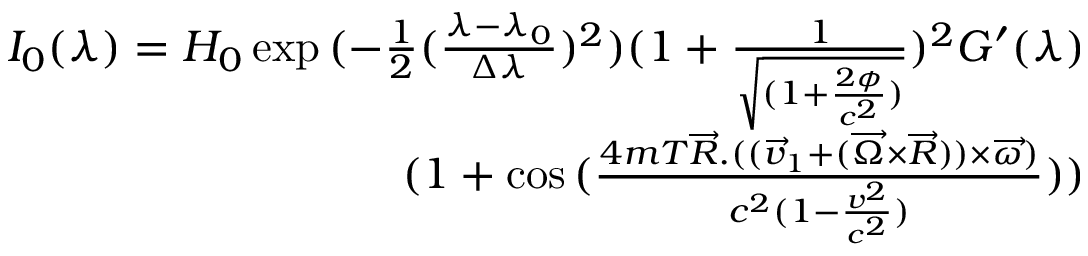
\begin{array} { r } { I _ { 0 } ( \lambda ) = H _ { 0 } \exp { ( - \frac { 1 } { 2 } ( \frac { \lambda - \lambda _ { 0 } } { \Delta \lambda } ) ^ { 2 } ) ( 1 + \frac { 1 } { \sqrt { ( 1 + \frac { 2 \phi } { c ^ { 2 } } ) } } ) ^ { 2 } } G ^ { \prime } ( \lambda ) } \\ { ( 1 + \cos { ( \frac { 4 m T \overrightarrow { R } . ( ( \overrightarrow { v } _ { 1 } + ( \overrightarrow { \Omega } \times \overrightarrow { R } ) ) \times \overrightarrow { \omega } ) } { c ^ { 2 } ( 1 - \frac { v ^ { 2 } } { c ^ { 2 } } ) } ) } ) } \end{array}